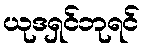
ယုဒရှင်ဘုရင်